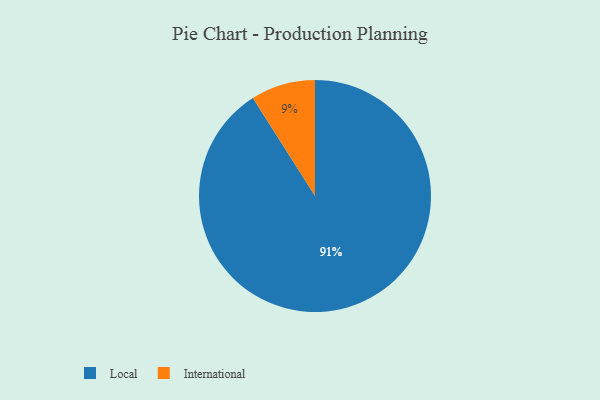
{"axis": {"x": "Category", "y": "Percentage"}, "legend": ["International", "Local"], "data": [{"x": "International", "y": 9, "type": "International"}, {"x": "Local", "y": 91, "type": "Local"}]}